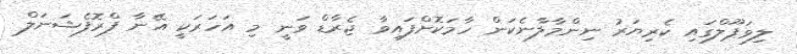
ލިވަޕޫލްގައި ކެރިޔަރު ނިންމާލާނެކަން ހާމަކޮށްފައިވާ ޖެރާޑް ވަނީ މި އަހަރަކީ އޭނާ ފްރޮފެޝަނަލް